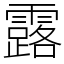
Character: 露